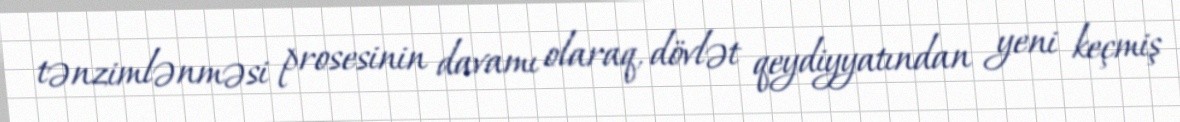
tənzimlənməsi prosesinin davamı olaraq, dövlət qeydiyyatından yeni keçmiş